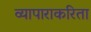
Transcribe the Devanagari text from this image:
व्यापाराकरिता